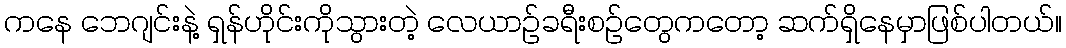
ကနေ ဘေဂျင်းနဲ့ ရှန်ဟိုင်းကိုသွားတဲ့ လေယာဉ်ခရီးစဉ်တွေကတော့ ဆက်ရှိနေမှာဖြစ်ပါတယ်။